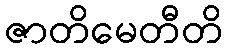
ဇာတိမေတီတိ